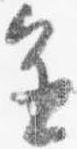
進